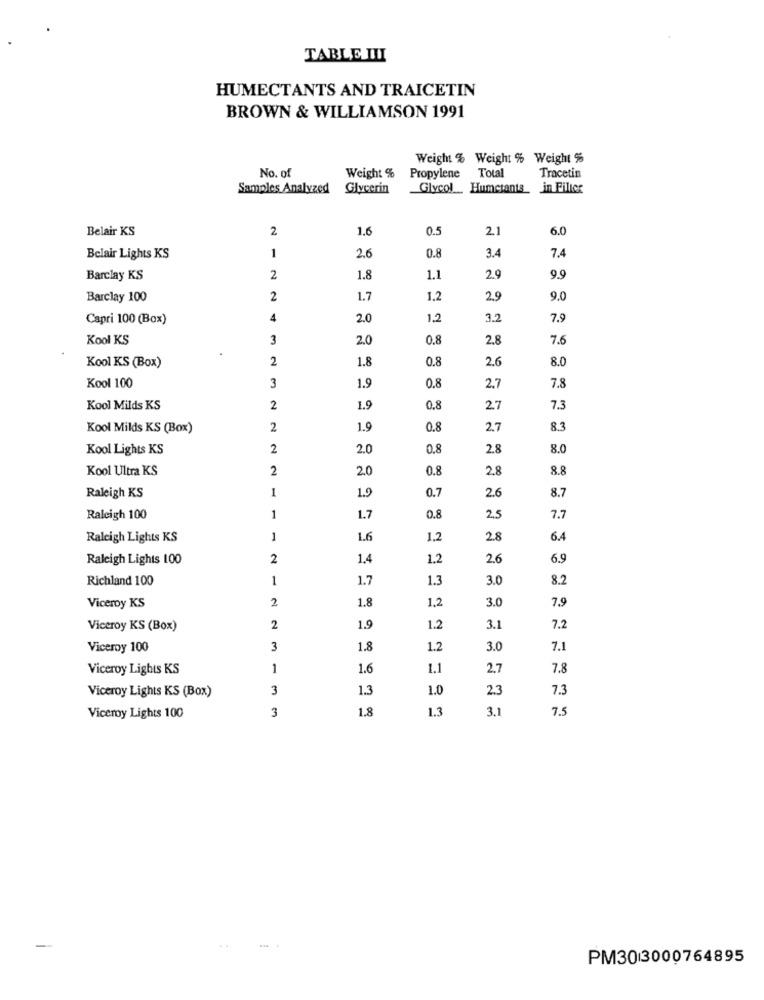
TABLE III
HUMECTANTS AND TRAICETIN
BROWN & WILLIAMSON 1991
Weight % Weight % Weight %
No. of
Weight %
Total
Propylene
Tracetin
Samples Analyzed
Glycerin
Glycol _. Humctants_ in Filicc
Belair KS
2
1.6
0.5
2.1
6.0
Belair Lights KS
1
2.6
0.8
3.4
7.4
Barclay KS
2
1.8
1.1
2.9
9.9
Barclay 100
2
1.7
1.2
2.9
9.0
Capri 100 (Box)
4
2.0
1.2
3.2
7.9
Kool KS
3
2.0
0.8
2.8
7.6
2
1.8
0.8
2.6
8.0
Kool KS (Box)
1.9
7.8
Kool 100
3
0.8
2,7
Kool Milds KS
2
1.9
0,8
27
7.3
Kool Milds KS (Box)
2
1.9
0.8
2.7
8.3
Kool Lights KS
2
2.0
0,8
2.8
8.0
Kool Ultra KS
2
2.0
0.8
2.8
8.8
1
1.9
0.7
2.6
8.7
Raleigh KS
Raleigh 100
1
1.7
0.8
2,5
7.7
Raleigh Lights KS
16
1,2
2.8
6.4
Raleigh Lights 100
2
1.4
1.2
26
6.9
Richland 100
1
1.7
1.3
3.0
8.2
1.8
1.2
3.0
7.9
Viceroy KS
2
Viceroy KS (Box)
2
1.9
1.2
3.1
7.2
Viceroy 100
3
1.8
1.2
3.0
7.1
Viceroy Lights KS
1
1.6
1.1
2.7
7.8
3
1.3
1.0
2.3
7.3
Viceroy Lights KS (Box)
3
1.8
1.3
3,1
7.5
Viceroy Lights 100
PM303000764895